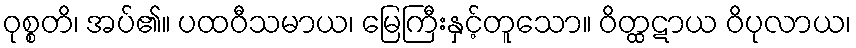
ဝုစ္စတိ၊ အပ်၏။ ပထဝီသမာယ၊ မြေကြီးနှင့်တူသော။ ဝိတ္ထဋာယ ဝိပုလာယ၊